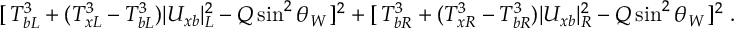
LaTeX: [ \, T _ { b L } ^ { 3 } + ( T _ { x L } ^ { 3 } - T _ { b L } ^ { 3 } ) | U _ { x b } | _ { L } ^ { 2 } - Q \sin ^ { 2 } \theta _ { W } \, ] ^ { 2 } + [ \, T _ { b R } ^ { 3 } + ( T _ { x R } ^ { 3 } - T _ { b R } ^ { 3 } ) | U _ { x b } | _ { R } ^ { 2 } - Q \sin ^ { 2 } \theta _ { W } \, ] ^ { 2 } \; .